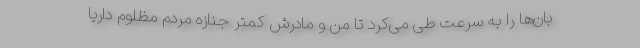
بان‌ها را به سرعت طی می‌کرد تا من و مادرش کمتر جنازه مردم مظلوم داریا